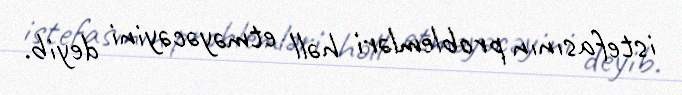
istefasının problemləri həll etməyəcəyini deyib.